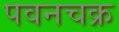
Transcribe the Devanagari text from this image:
पवनचक्र